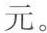
元。